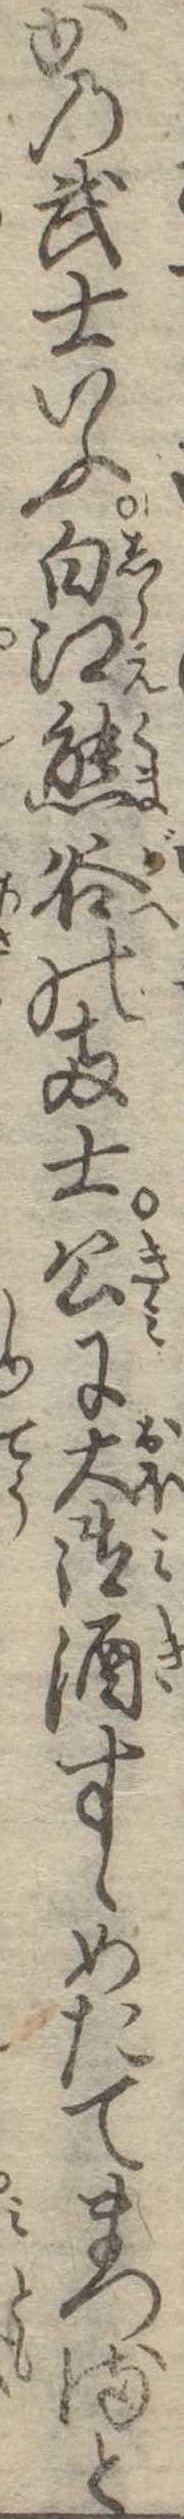
かの武士いふ白江熊谷の両士公に大御酒すゝめたてまつると